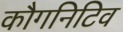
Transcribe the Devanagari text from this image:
कौगनिटिव